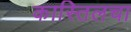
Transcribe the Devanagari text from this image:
कास्तिलचा